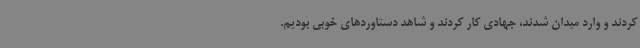
کردند و وارد میدان شدند، جهادی کار کردند و شاهد دستاوردهای خوبی بودیم.